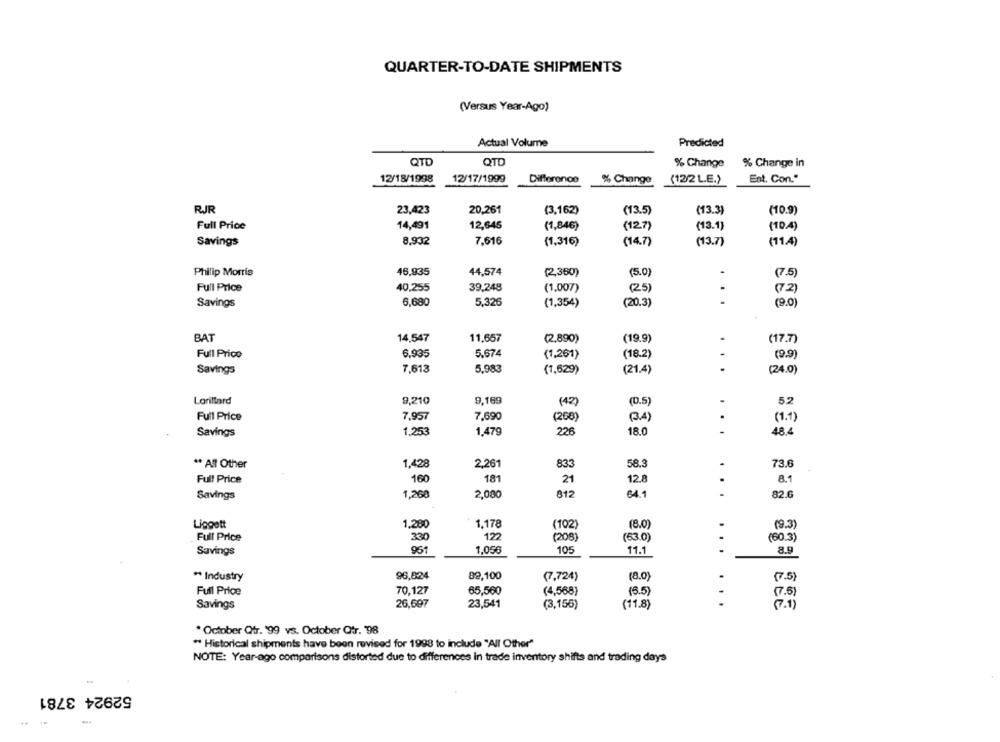
QUARTER-TO-DATE SHIPMENTS
(Versus Year-Ago)
Actual Volume
Predicted
QTD
QTD
% Change
% Change in
12/18/1998
12/17/1999
Est. Con."
Difference
% Change
(12/2 L.E.)
RJR
23,423
20,261
(3,162)
(13.5)
(13.3)
(10.9)
Full Price
14,491
12,645
(1,846)
(127)
(13.1)
(10.4)
Savings
8,932
7.616
(1,316)
(14.7)
(13.7)
(11.4)
Philip Morris
46,935
44,574
(2,360)
(5.0)
(7.5)
Full Price
40,255
39,248
(1.007)
(25)
(72)
Savings
6,680
5,326
(1,354)
(20.3)
.
(9.0)
BAT
14,547
11,657
(2,890)
(19.9)
(17.7)
Full Price
6.935
5.674
(1,261)
(18.2)
(9.9)
Savings
7,613
5,983
(1,629)
(21.4)
...
(24.0)
Lorillard
9,210
9,169
5.2
(42)
(0.5
Full Price
7,957
7,690
(258)
(34)
(1.1)
226
18.
...
484
Savings
1,253
1,479
** All Other
1.428
2,261
833
58.3
73.6
Full Price
160
181
21
12.8
8.1
Savings
1,260
2,080
812
64.1
82.6
Lipgett
1,280
1.178
(102)
(8.0)
(9.3)
Full Price
330
122
(208)
(63.0)
(60.3)
961
1,056
105
11.1
8.9
Savings
** Industry
96,824
89,100
(7,724)
(8.0)
(7.5)
Full Price
70,127
65,560
(4,568)
(6.5)
...
(7.5)
Savings
26,697
23,541
(3,156)
(11.8)
. October Qfr. '99 vs. October Qtr. 98
" Historical shipments have been revised for 1998 to include "All Other"
NOTE: Year-ago comparisons distorted due to differences in trade inventory shifts and trading days
52924 3781